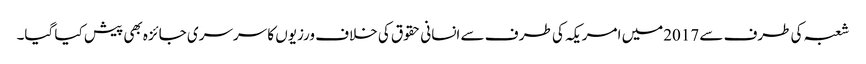
شعبہ کی طرف سے 2017میں امریکہ کی طر ف سے انسانی حقوق کی خلاف ورزیوں کا سرسری جائزہ بھی پیش کیا گیا۔